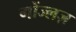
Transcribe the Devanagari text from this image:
गोंज्लज़